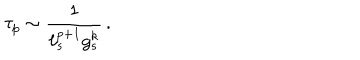
LaTeX: \tau _ { p } \sim { \frac { 1 } { \ell _ { s } ^ { p + 1 } g _ { s } ^ { k } } } \, .